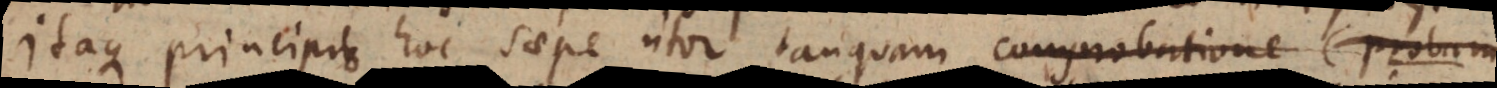
Itaque principio hoc saepe utor tanquam comprobatione (probam